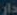
دار